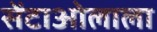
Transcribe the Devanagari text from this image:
सेंटाओलाला